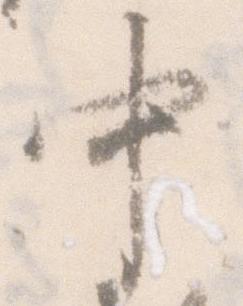
中